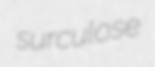
surculose